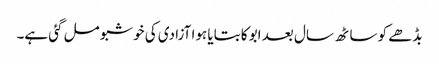
بڈھے کو ساٹھ سال بعد ابو کا بتایا ہوا آزادی کی خوشبو مل گئی ہے۔